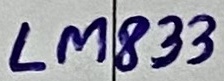
Text: LM833